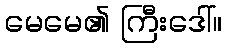
မေမေ၏ ကြီးဒေါ်။